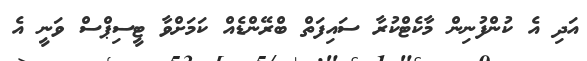
އަދި އެ ކުންފުނިން މާކެޓްކުރާ ސައިފަތް ބްރޭންޑެއް ކަމަށްވާ ޓީސިޕްސް ވަނީ އެ